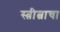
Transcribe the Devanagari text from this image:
स्त्रीत्वाचा